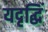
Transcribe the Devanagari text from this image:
यदृद्धिं